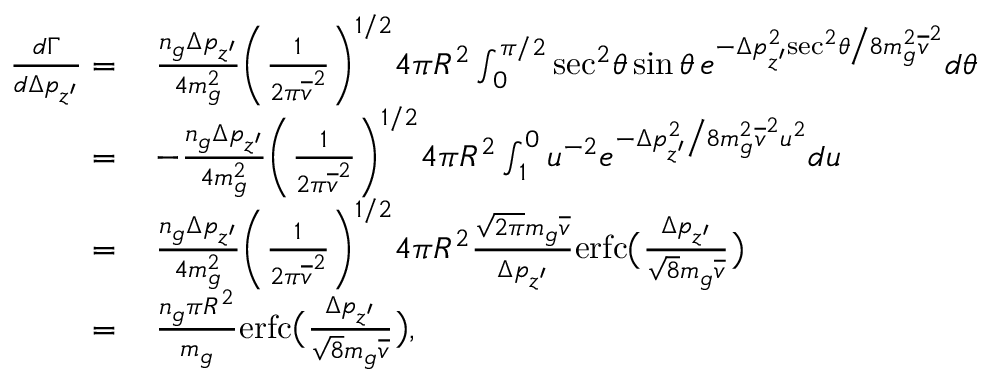
\begin{array} { r l } { \frac { d \Gamma } { d \Delta p _ { z ^ { \prime } } } = } & { \, \frac { n _ { g } \Delta p _ { z ^ { \prime } } } { 4 m _ { g } ^ { 2 } } \bigg ( \frac { 1 } { 2 \pi \overline { { v } } ^ { 2 } } \bigg ) ^ { 1 / 2 } 4 \pi R ^ { 2 } \int _ { 0 } ^ { \pi / 2 } \mathrm { s e c } ^ { 2 } \theta \, \mathrm { s i n } \, \theta \, e ^ { - \Delta p _ { z ^ { \prime } } ^ { 2 } \mathrm { s e c } ^ { 2 } \theta \big / 8 m _ { g } ^ { 2 } \overline { { v } } ^ { 2 } } d \theta } \\ { = } & { \, - \frac { n _ { g } \Delta p _ { z ^ { \prime } } } { 4 m _ { g } ^ { 2 } } \bigg ( \frac { 1 } { 2 \pi \overline { { v } } ^ { 2 } } \bigg ) ^ { 1 / 2 } 4 \pi R ^ { 2 } \int _ { 1 } ^ { 0 } u ^ { - 2 } e ^ { - \Delta p _ { z ^ { \prime } } ^ { 2 } \big / 8 m _ { g } ^ { 2 } \overline { { v } } ^ { 2 } u ^ { 2 } } d u } \\ { = } & { \, \frac { n _ { g } \Delta p _ { z ^ { \prime } } } { 4 m _ { g } ^ { 2 } } \bigg ( \frac { 1 } { 2 \pi \overline { { v } } ^ { 2 } } \bigg ) ^ { 1 / 2 } 4 \pi R ^ { 2 } \frac { \sqrt { 2 \pi } m _ { g } \overline { { v } } } { \Delta p _ { z ^ { \prime } } } \mathrm { e r f c } \big ( \frac { \Delta p _ { z ^ { \prime } } } { \sqrt { 8 } m _ { g } \overline { { v } } } \big ) } \\ { = } & { \, \frac { n _ { g } \pi R ^ { 2 } } { m _ { g } } \mathrm { e r f c } \big ( \frac { \Delta p _ { z ^ { \prime } } } { \sqrt { 8 } m _ { g } \overline { { v } } } \big ) , } \end{array}